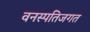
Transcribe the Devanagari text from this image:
वनस्पतिजगत